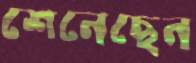
শেনেছেন